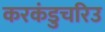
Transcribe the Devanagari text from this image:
करकंडुचरिउ